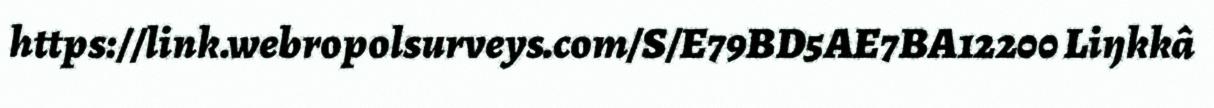
https://link.webropolsurveys.com/S/E79BD5AE7BA12200 Liŋkkâ